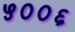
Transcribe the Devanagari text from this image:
५००६